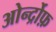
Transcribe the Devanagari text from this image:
ओर्न्द्रोफ़